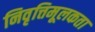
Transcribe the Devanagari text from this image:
निवृत्तिमूलकता